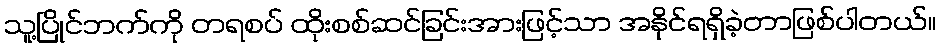
သူ့ပြိုင်ဘက်ကို တရစပ် ထိုးစစ်ဆင်ခြင်းအားဖြင့်သာ အနိုင်ရရှိခဲ့တာဖြစ်ပါတယ်။